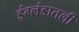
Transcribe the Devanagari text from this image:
इंग्लंडातली